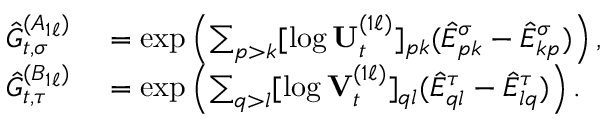
\begin{array} { r l } { \hat { G } _ { t , \sigma } ^ { ( A _ { 1 \ell } ) } } & { { } = \exp \left( \sum _ { p > k } [ \log \mathbf { U } _ { t } ^ { ( 1 \ell ) } ] _ { p k } ( \hat { E } _ { p k } ^ { \sigma } - \hat { E } _ { k p } ^ { \sigma } ) \right) , } \\ { \hat { G } _ { t , \tau } ^ { ( B _ { 1 \ell } ) } } & { { } = \exp \left( \sum _ { q > l } [ \log \mathbf { V } _ { t } ^ { ( 1 \ell ) } ] _ { q l } ( \hat { E } _ { q l } ^ { \tau } - \hat { E } _ { l q } ^ { \tau } ) \right) . } \end{array}